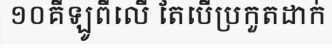
១០គីឡូពីលើ តែបើប្រកួតដាក់